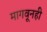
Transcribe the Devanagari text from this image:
मागवूनही